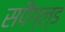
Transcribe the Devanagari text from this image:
सपैंग्ल्ड